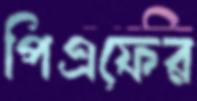
পিএফের